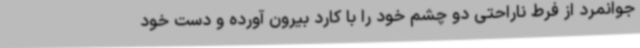
جوانمرد از فرط ناراحتی دو چشم خود را با کارد بیرون آورده و دست خود